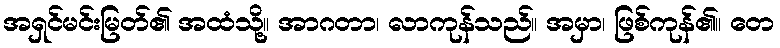
အရှင်မင်းမြတ်၏ အထံသို့။ အာဂတာ၊ လာကုန်သည်။ အမှာ၊ ဖြစ်ကုန်၏။ တေ